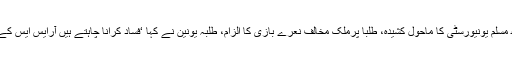
علی گڑھ مسلم یونیورسٹی کا ماحول کشیدہ، طلبا پرملک مخالف نعرے بازی کا الزام، طلبہ یونین نے کہا ‘فساد کرانا چاہتے ہیں آرایس ایس کے غنڈے’۔